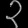
Digit: ၃